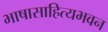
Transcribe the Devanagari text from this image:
भाषासाहित्यभवन